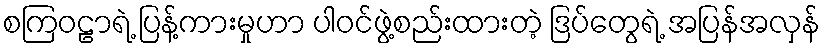
စကြဝဠာရဲ့ ပြန့်ကားမှုဟာ ပါဝင်ဖွဲ့စည်းထားတဲ့ ဒြပ်တွေရဲ့ အပြန်အလှန်